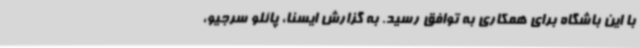
با این باشگاه برای همکاری به توافق رسید. به گزارش ایسنا، پائلو سرجیو،